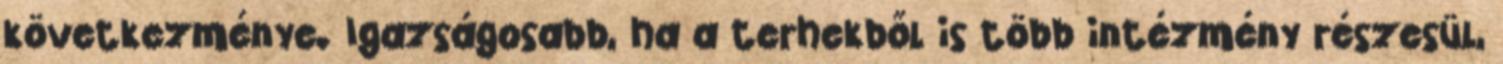
következménye. Igazságosabb, ha a terhekből is több intézmény részesül,